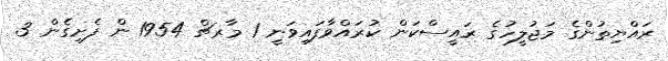
ރައްޔިތުންގެ މަޖުލީހުގެ ރައީސްކަން ކުރައްވާފައިވަނީ 1 މާރޗް 1954 ން ފެށިގެން 3